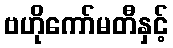
ဗဟိုကော်မတီနှင့်